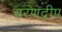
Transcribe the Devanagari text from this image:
चरणदीप